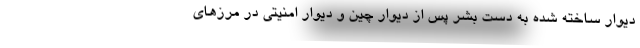
دیوار ساخته شده به دست بشر پس از دیوار چین و دیوار امنیتی در مرزهای